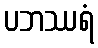
ပဘဿရံ